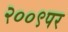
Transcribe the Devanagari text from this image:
२००९पर